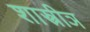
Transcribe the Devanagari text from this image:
शास्त्रीञ